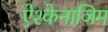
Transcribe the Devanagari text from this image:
ऐश्केनाजिम